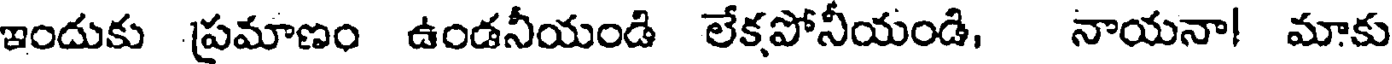
ఇందుకు ప్రమాణం ఉండనీయండి లేకపోనీయండి, నాయనా! మాకు